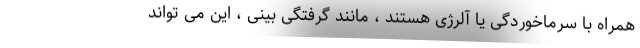
همراه با سرماخوردگی یا آلرژی هستند ، مانند گرفتگی بینی ، این می تواند